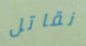
نقاتل